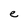
Character: e